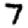
Digit: 7